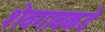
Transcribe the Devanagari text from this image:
शेवगावकडे